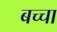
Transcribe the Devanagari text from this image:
बच्‍चा